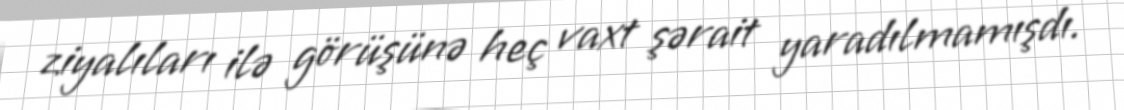
ziyalıları ilə görüşünə heç vaxt şərait yaradılmamışdı.